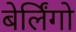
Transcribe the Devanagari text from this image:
बेर्लिंगो